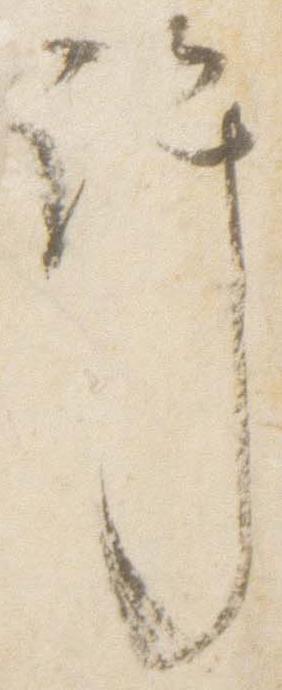
許